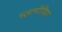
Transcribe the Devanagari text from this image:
च्‍लामीदिया